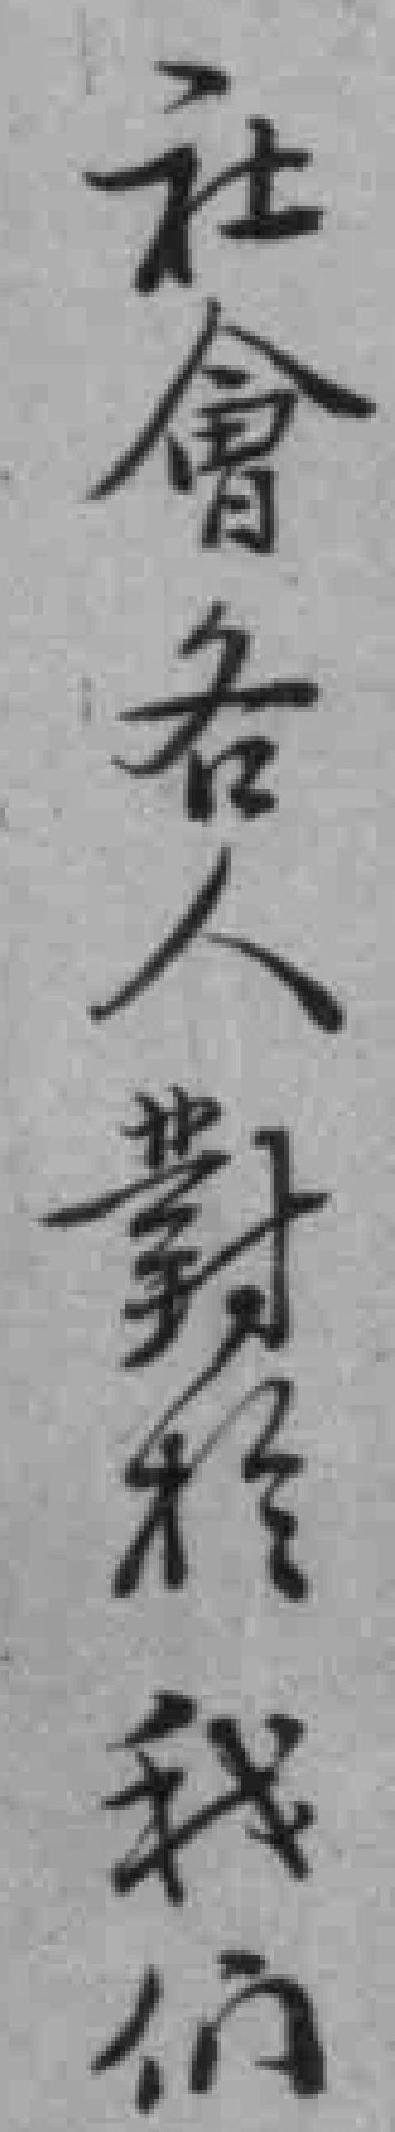
社會各人對於我们